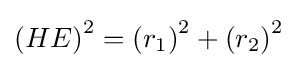
\left(HE\right)^{2}=\left(r_{1}\right)^{2}+\left(r_{2}\right)^{2}